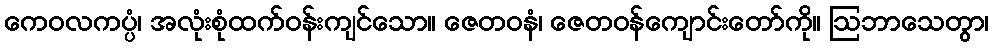
ကေဝလကပ္ပံ၊ အလုံးစုံထက်ဝန်းကျင်သော။ ဇေတဝနံ၊ ဇေတဝန်ကျောင်းတော်ကို။ ဩဘာသေတွာ၊